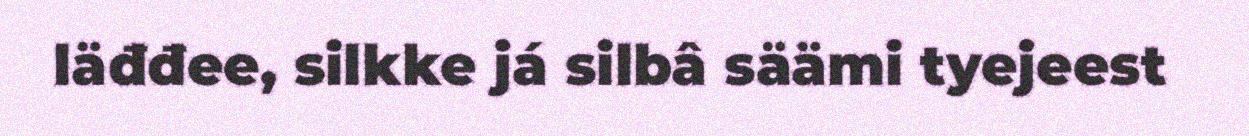
läđđee, silkke já silbâ säämi tyejeest